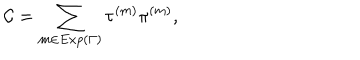
{ \cal C } = \sum _ { m \in E x p ( \Gamma ) } \tau ^ { ( m ) } \pi ^ { ( m ) } ,